Annual administration report of the Civil Veterinary Department of India - 1895-1896
Year: 1895
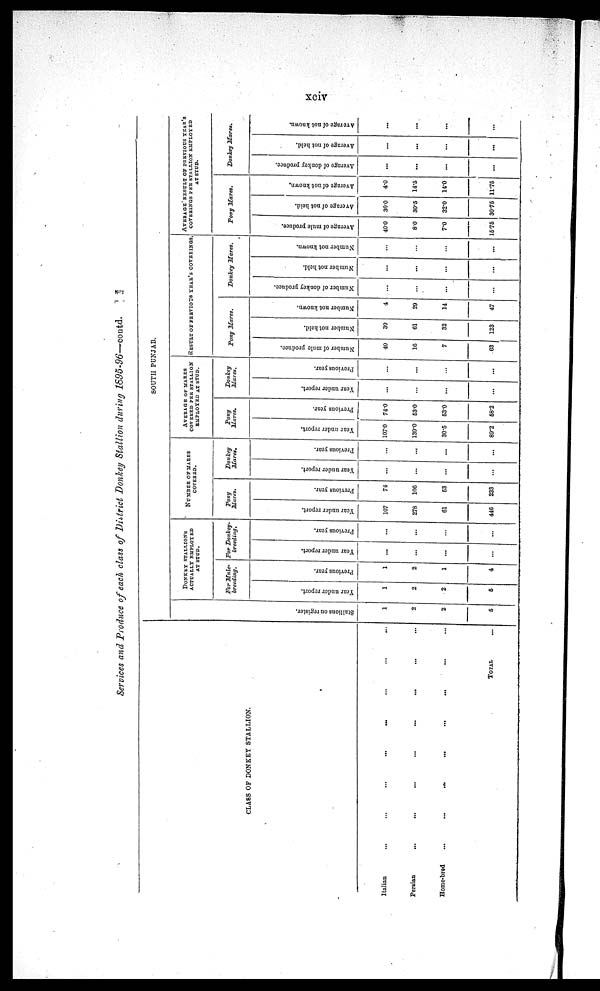
xciv
Services and Produce of each class of District Donkey Stallion during 1595-96—-coutd.
CLASS OF DONKEY STALLION.
Italian ... ... ... ... ... ... ... ...
Persian ... ... ... ... ... ... ... ...
Home-bred ... ... ... ... ... ... ... ...
TOTAL
...
SOUTH PUNJAB.
St al l
i
ons on register.
1
2
2
5
DONKEY STALLIONS
ACTUALLY EMPLOYED
AT STUD.
For Mule-
breeding.
Tear under report.
1
2
2
5
Previous year.
1
2
1
4
For Donkey-
breeding.
Year under report.
...
...
...
...
Previous year.
...
...
...
...
NUMBER OP MARES
COVERED.
Pony
Mares.
Year under report.
107
278
61
446
Previous year.
74
106
63
233
Donkey
Mares,
Year under report.
...
...
...
...
Previous year.
...
...
...
...
AVERAGE OF MARES
COVERED PER STALLION
EMPLOYED AX STUD.
Pony
Mares.
Year under report.
107.0
139.0
30.5
89.2
Previous year.
74.0
63.0
53.0
58.2
Donkey
Mares.
Year under report.
...
...
...
Previous year.
...
...
...
RESULT OF PREVIOUS YEAR'S COVERINGS.
Pony Mares.
Number of mule produce.
40
16
7
63
Number not held.
30
61
32
123
Number not known.
4
29
14
47
Donkey
Mares.
Number of donkey produce.
...
...
...
...
Number not held.
...
...
...
...
Number not known.
...
...
...
...
AVERAGE RESULT OF PREVIOUS YEAR'S
COVERINGS PEE STALLION EMPLOYED
AT STUD.
Pony
Mares.
Average of mule produce.
40.0
8.0
7.0
15.75
Average of not held.
30.0
30.5
32.0
30.75
Average of not known.
4.0
14.5
14.0
11.75
Donkey Mares.
Average of donkey produce.
...
...
...
...
Average of not held.
...
...
...
...
Average of not known.
...
...
...
...